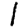
Digit: 1